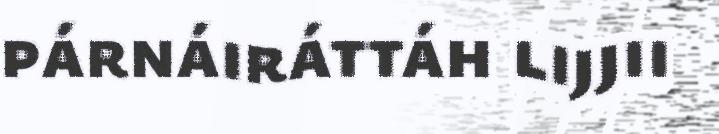
párnáiráttáh lijjii